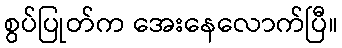
စွပ်ပြုတ်က အေးနေလောက်ပြီ။